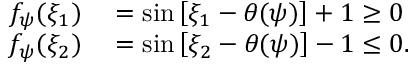
\begin{array} { r l } { f _ { \psi } ( \xi _ { 1 } ) } & { { } = \sin \left[ \xi _ { 1 } - \theta ( \psi ) \right] + 1 \geq 0 } \\ { f _ { \psi } ( \xi _ { 2 } ) } & { { } = \sin \left[ \xi _ { 2 } - \theta ( \psi ) \right] - 1 \leq 0 . } \end{array}